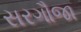
સરગૌજા